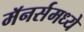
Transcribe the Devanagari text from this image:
मॅनर्समध्ये